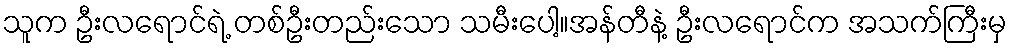
သူက ဦးလရောင်ရဲ့ တစ်ဦးတည်းသော သမီးပေါ့။အန်တီနဲ့ ဦးလရောင်က အသက်ကြီးမှ